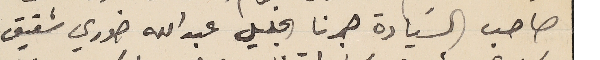
صاحب السَيادة حبرنا الجليل عبد الله خوري شقيق